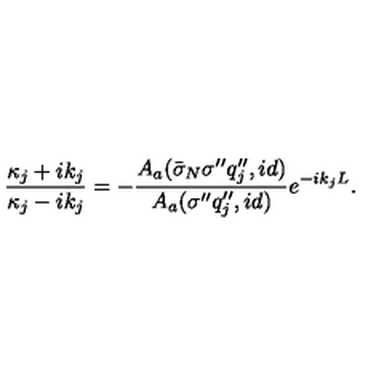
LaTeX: \frac { \kappa _ { j } + i k _ { j } } { \kappa _ { j } - i k _ { j } } = - \frac { A _ { a } ( \bar { \sigma } _ { N } \sigma ^ { \prime \prime } q _ { j } ^ { \prime \prime } , i d ) } { A _ { a } ( \sigma ^ { \prime \prime } q _ { j } ^ { \prime \prime } , i d ) } e ^ { - i k _ { j } L } .